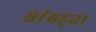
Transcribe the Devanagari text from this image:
तांबड्ता